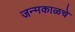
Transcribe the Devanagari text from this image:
जन्मकाळचे